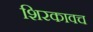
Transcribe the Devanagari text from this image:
शिरकावच